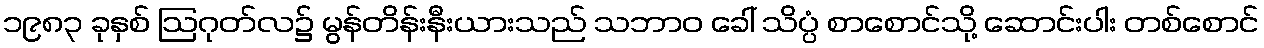
၁၉၈၃ ခုနှစ် ဩဂုတ်လ၌ မွန်တိန်းနီးယားသည် သဘာဝ ခေါ် သိပ္ပံ စာစောင်သို့ ဆောင်းပါး တစ်စောင်